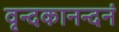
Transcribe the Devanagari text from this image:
वृन्दकानन्दनं